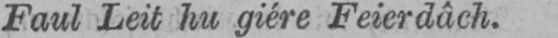
Faul Leit hu giére Feierdâch.